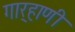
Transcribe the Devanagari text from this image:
गार्‍हाणी